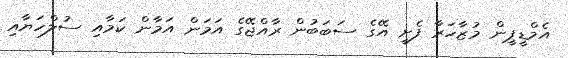
އެމްޑީޕީން މުޒާހަރާ ފެށީ އޭގެ ސަބަބުން ރާއްޖޭގެ އަމަން އަމާން ކަމާއި ސުލްހަޔާއި